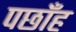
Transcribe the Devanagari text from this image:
पछाँह